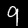
Label: 9